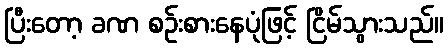
ပြီးတော့ ခဏ စဉ်းစားနေပုံဖြင့် ငြိမ်သွားသည်။